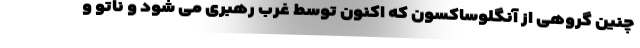
چنین گروهی از آنگلوساکسون که اکنون توسط غرب رهبری می شود و ناتو و